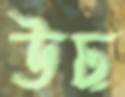
ঊঢ়